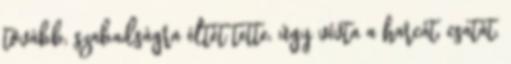
tovább, szabadságra éltét tette, úgy vívta a harcát, csatát.